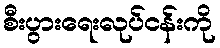
စီးပွားရေးလုပ်ငန်းကို